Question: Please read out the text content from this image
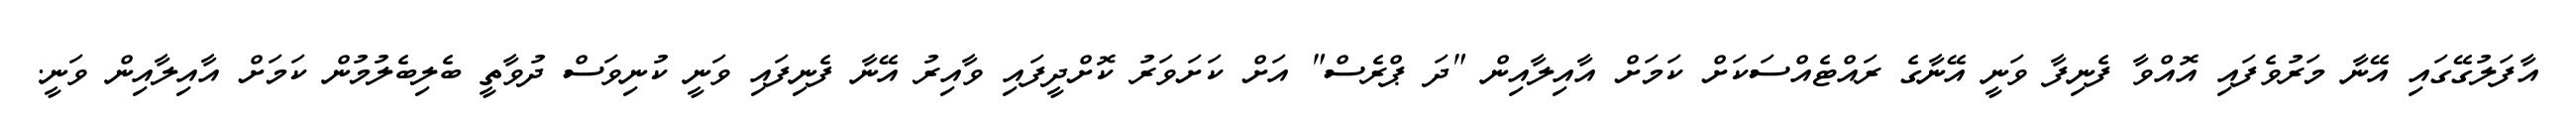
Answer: އާފަލުގޭގައި އޭނާ މަރުވެފައި އޮއްވާ ފެނިފާ ވަނީ އޭނާގެ ރައްޓެއްސަކަށް ކަމަށް އާއިލާއިން "ދަ ޕްރެސް" އަށް ކަށަވަރު ކޮށްދީފައި ވާއިރު އޭނާ ފެނިފައި ވަނީ ކުނިވަސް ދުވާތީ ބެލިބެލުމުން ކަމަށް އާއިލާއިން ވަނީ.